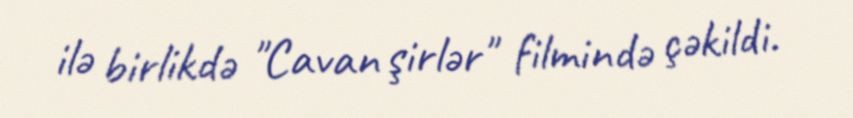
ilə birlikdə "Cavan şirlər" filmində çəkildi.